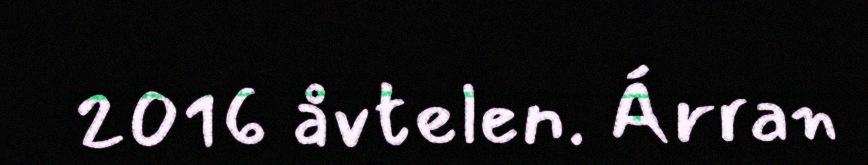
2016 åvtelen. Árran